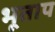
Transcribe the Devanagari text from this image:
भूताप